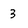
Character: 3